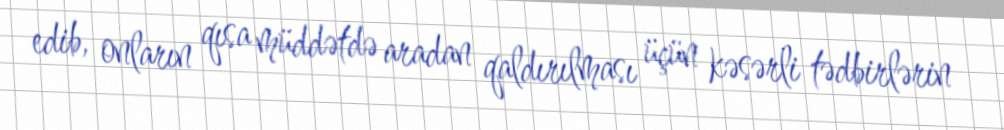
edib, onların qısa müddətdə aradan qaldırılması üçün kəsərli tədbirlərin